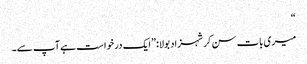
“
میری بات سن کر شہزاد بولا:”ایک درخواست ہے آپ سے۔